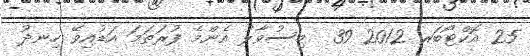
25 އޮކްޓޯބަރ 2012 39  މިސުވާލު އެންމެ ފުރަތަމަ އަޑުއިވޭ ހިނދު